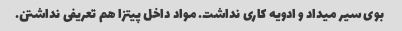
بوی سیر میداد و ادویه کاری نداشت. مواد داخل پیتزا هم تعریفی نداشتن.